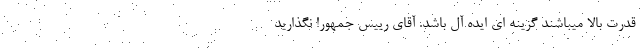
قدرت بالا میباشند گزینه ای ایده آل باشد. آقای رییس جمهور! نگذارید